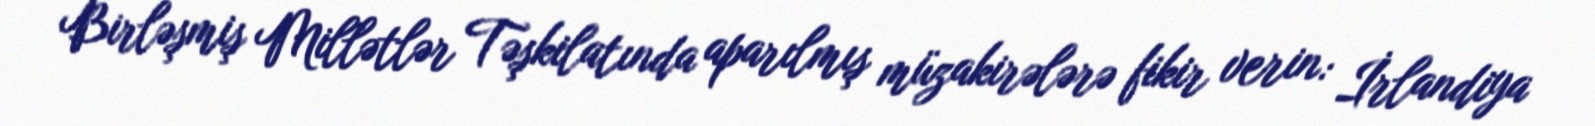
Birləşmiş Millətlər Təşkilatında aparılmış müzakirələrə fikir verin: İrlandiya